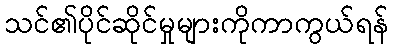
သင်၏ပိုင်ဆိုင်မှုများကိုကာကွယ်ရန်